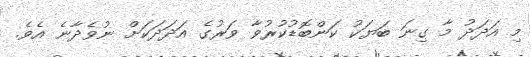
މި އަދަދު މާ ގިނަ ބަޔަކު ކަންބޮޑުކުރުވާ ވަރުގެ އަދަދަކަށް ނުވެދާނެ އެވެ.